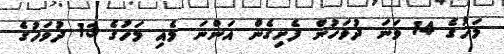
މަހުގެ 14 ވަނަ ދުވަހުން ފެށިގެން އަންނަ މެއި މަހުގެ 13 ދުވަހުގެ